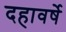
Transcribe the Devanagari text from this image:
दहावर्षे